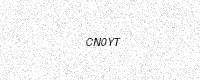
Text: CN0YT